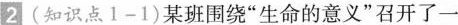
2(知识点1-1)某班围绕”生命的意义”召开了一